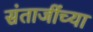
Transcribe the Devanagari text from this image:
संताजींच्या